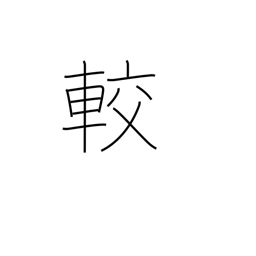
Meaning: contrast